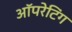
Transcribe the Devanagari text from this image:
अॉपरेटिंग